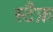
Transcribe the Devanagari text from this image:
स्टैफ़